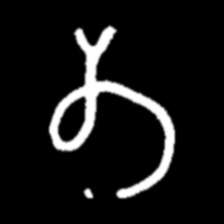
Pyu character \u2014 Myanmar letter: တ (romanized: ta)